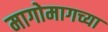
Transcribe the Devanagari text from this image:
मागोमागच्या